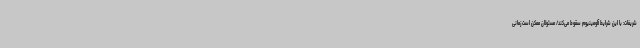
شریفات: با این شرایط آلومینیوم سقوط می‌کند/ مسئولان ممکن است زمانی